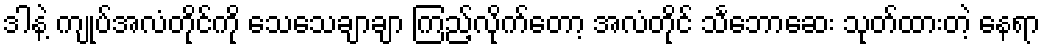
ဒါနဲ့ ကျုပ်အလံတိုင်ကို သေသေချာချာ ကြည့်လိုက်တော့ အလံတိုင် သင်္ဘောဆေး သုတ်ထားတဲ့ နေရာ